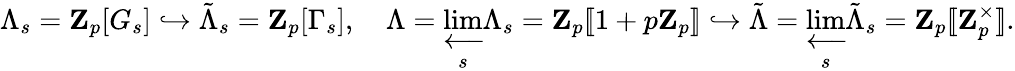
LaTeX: \Lambda_{s}=\mathbf{Z}_{p}[G_{s}]\hookrightarrow\tilde{\Lambda}_{s}=\mathbf{Z}_{p}[\Gamma_{s}],\quad\Lambda=\varprojlim_{s}\Lambda_{s}=\mathbf{Z}_{p}[\! [1+p\mathbf{Z}_{p}]\! ]\hookrightarrow\tilde{\Lambda}=\varprojlim_{s}\tilde{\Lambda}_{s}=\mathbf{Z}_{p}[\! [\mathbf{Z}_{p}^{\times}]\! ].